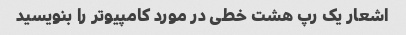
اشعار یک رپ هشت خطی در مورد کامپیوتر را بنویسید